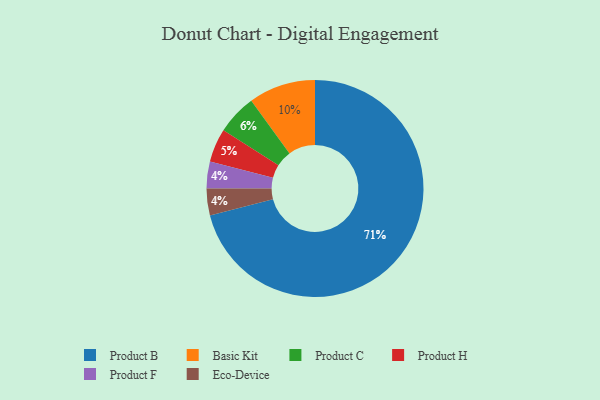
{"axis": {"x": "Category", "y": "Percentage"}, "legend": ["Basic Kit", "Eco-Device", "Product B", "Product C", "Product F", "Product H"], "data": [{"x": "Product F", "y": 4, "type": "Product F"}, {"x": "Product H", "y": 5, "type": "Product H"}, {"x": "Basic Kit", "y": 10, "type": "Basic Kit"}, {"x": "Product B", "y": 71, "type": "Product B"}, {"x": "Product C", "y": 6, "type": "Product C"}, {"x": "Eco-Device", "y": 4, "type": "Eco-Device"}]}